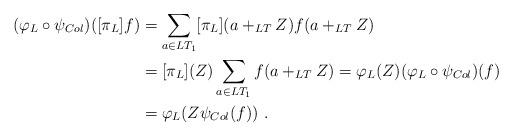
LaTeX: \begin{align*} (\varphi_L \circ \psi_{Col})([\pi_L]f) & = \sum_{a \in LT_1} [\pi_L](a +_{LT} Z) f(a +_{LT} Z) \\ & = [\pi_L](Z) \sum_{a \in LT_1} f(a +_{LT} Z) = \varphi_L(Z) (\varphi_L \circ \psi_{Col})(f) \\ & = \varphi_L(Z \psi_{Col}(f)) \ .\end{align*}